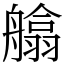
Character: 𦪙